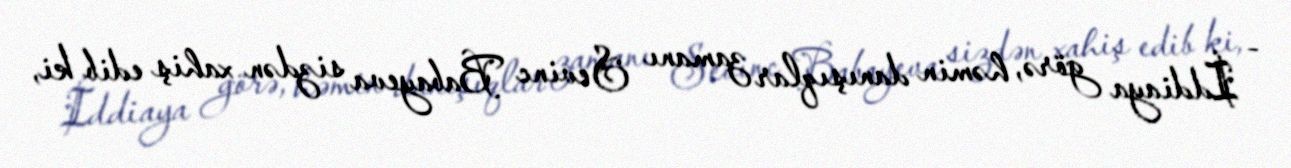
- İddiaya görə, həmin danışıqlar zamanı Sevinc Babayeva sizdən xahiş edib ki,